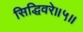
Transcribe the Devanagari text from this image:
सिद्धिवरे॥५॥